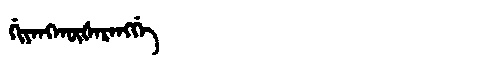
Manchu: ᡤᡳᠶᠠᠩᡴᡡᡧᠠᡵᠠᠩᡤᡝ
Romanization: GIYANGKŪŠARANGGE